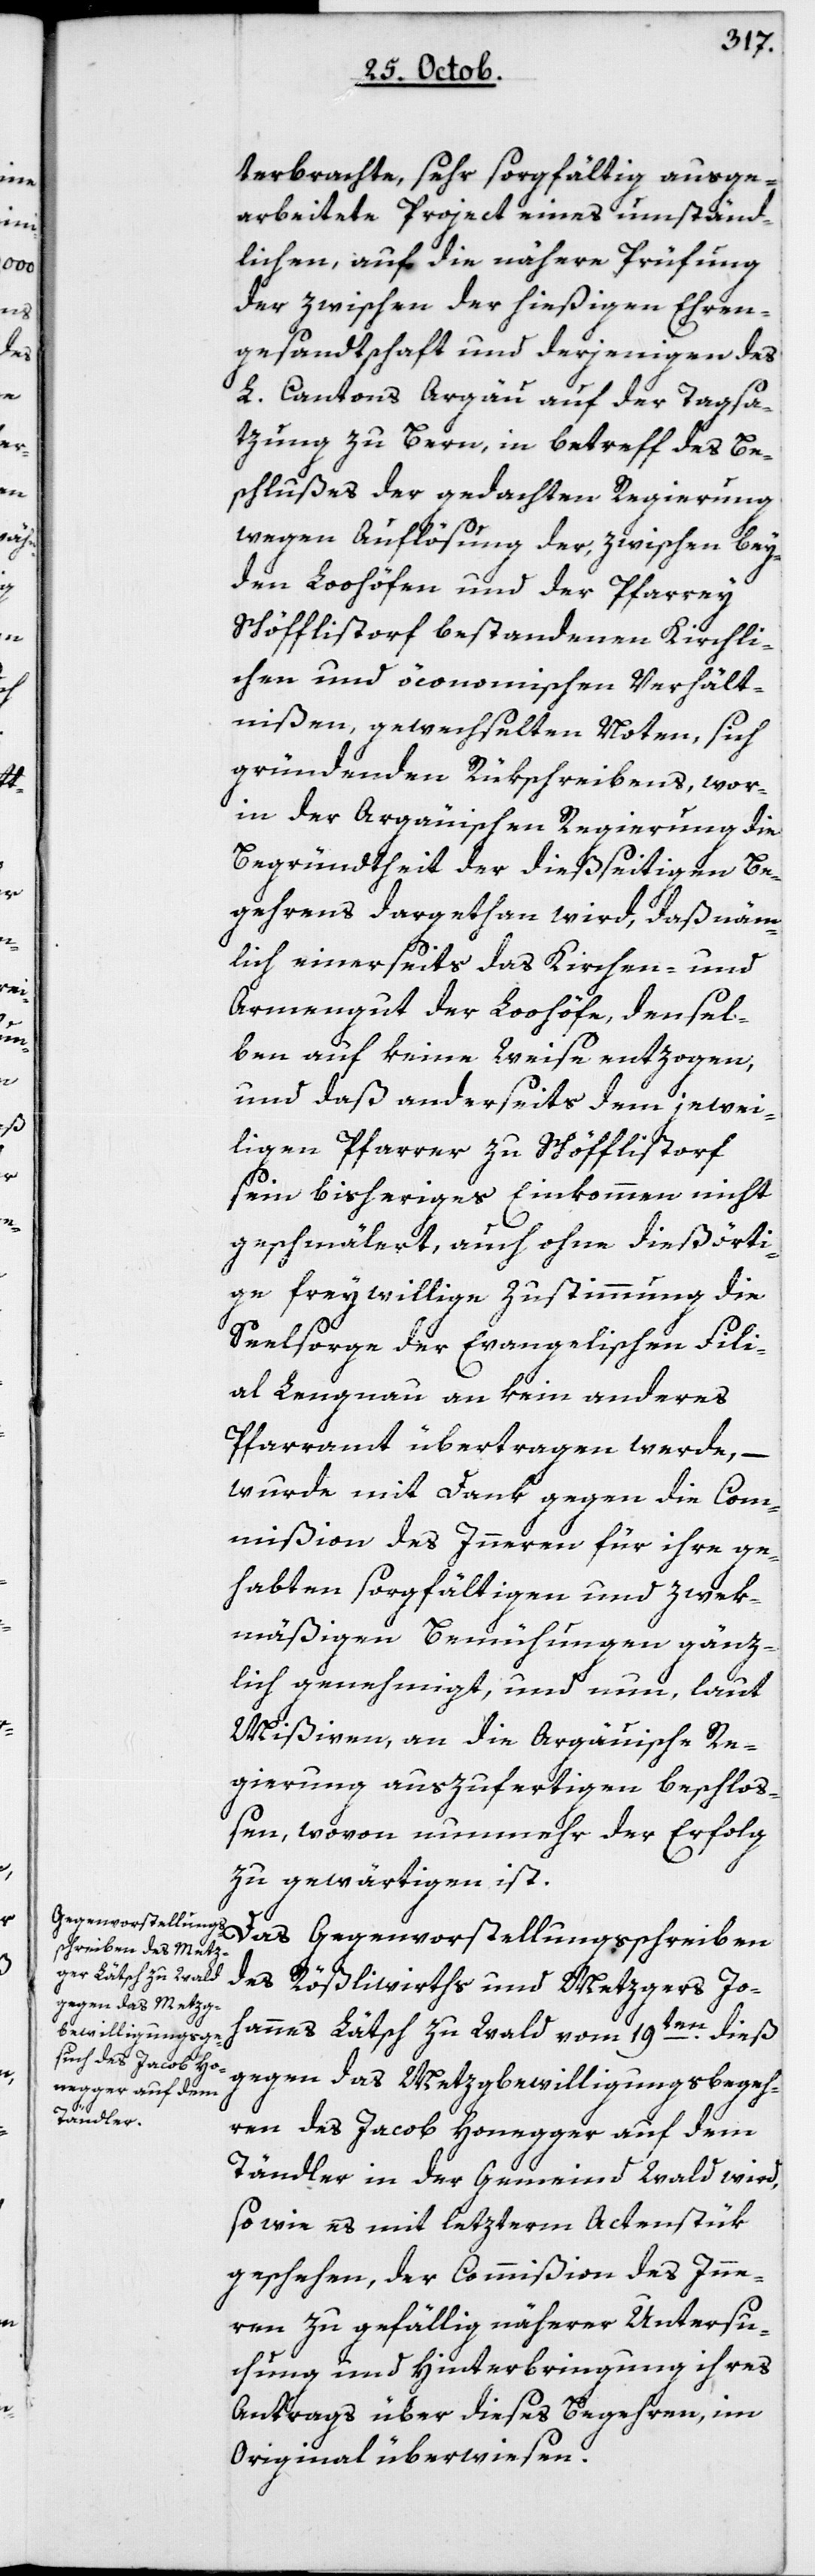
terbrachte, sehr sorgfältig ausge¬
arbeitete Project eines umständ¬
lichen, auf die nähere Prüfung
der zwischen der hießigen Ehren¬
gesandtschaft und derjenigen des
L. Cantons Argau auf der Tagsa¬
zung zu Bern, in Betreff des Be¬
schlußes der gedachten Regierung
wegen Auflösung der zwischen bey¬
den Loohöfen und der Pfarrei
Schöfflisdorf bestandenen kirchli¬
chen und öconomischen Verhält¬
nißen, gewechselten Noten, sich
gründenden Rükschreibens, wor¬
inn der argauischen Regierung die
Begründtheit der dießeitigen Be¬
gehrens dargethan wird, daß nämm¬
lich einerseits das Kirchen- und
Armengut der Loohöfe, densel¬
ben auf keine Weise enzogen,
und daß anderseits dem jewei¬
ligen Pfarrer zu Schöfflisdorf
sein bisheriges Einkommen nicht
geschmälert, auch ohne dießörti¬
ge freiwillige Zustimmung die
Seelsorge der evangelischen Fili¬
al Lengnau an kein anderes
Pfarramt übertragen werde, –
wurde mit Dank gegen die Com¬
mißion des Innern für ihre ge¬
habten sorgfältigen und zwek¬
mäßigen Bemühungen gänz¬
lich genehmigt, und nun, laut
Mißiven, an die argauische Re¬
gierung auszufertigen beschloß¬
en, wovon nunmehr der Erfolg
zu gewärtigen ist.
des Rößliwirths und Mezgers Jo¬
hannes Lätsch zu Wald vom 19ten dieß,
gegen das Metzgbewilligungsbegeh¬
ren des Jacob Honegger auf dem
Tändler in der Gemeind Wald wird,
so wie es mit letzterm Actenstük
geschehen, der Commißion des Inne¬
rn zu gefällig näherer Untersu¬
chung und Hinterbringung ihres
Antrags über dieses Begehren, im
Original überwiesen.